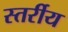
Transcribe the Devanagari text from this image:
स्तर्रीय